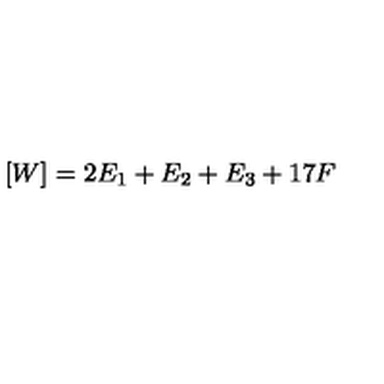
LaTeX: [ W ] = 2 E _ { 1 } + E _ { 2 } + E _ { 3 } + 1 7 F